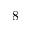
8